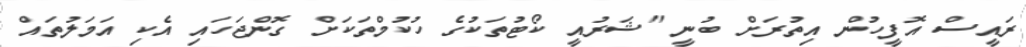
ރައީސް އޮފީހުން އިތުރަށް ބުނީ "ޝަރުއީ ކޯޓުތަކުގެ ހުކުމްތަކަށް ގޮންޖަހައި އެކި އަމަލުތައް